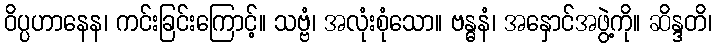
ဝိပ္ပဟာနေန၊ ကင်းခြင်းကြောင့်။ သဗ္ဗံ၊ အလုံးစုံသော။ ဗန္ဓနံ၊ အနှောင်အဖွဲ့ကို။ ဆိန္ဒတိ၊